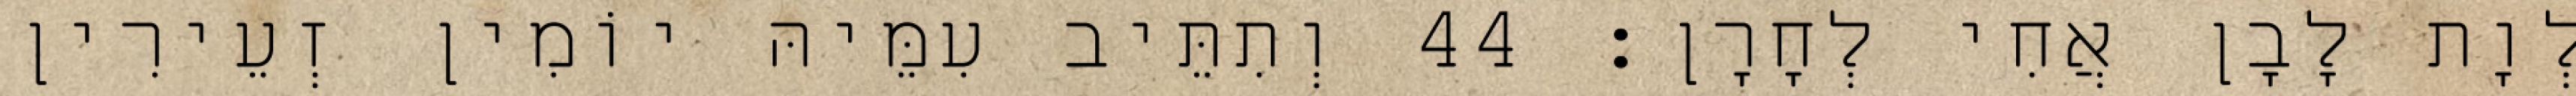
לְוָת לָבָן אֲחִי לְחָרָן׃ 44 וְתִתֵּיב עִמֵּיהּ יוֹמִין זְעֵירִין